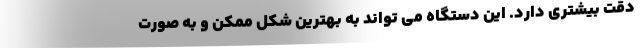
دقت بیشتری دارد. این دستگاه می تواند به بهترین شکل ممکن و به صورت